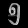
Digit: ၅